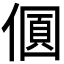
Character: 𠎡